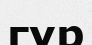
гүр